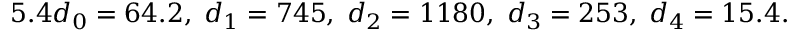
5 . 4 d _ { 0 } = 6 4 . 2 , \; d _ { 1 } = 7 4 5 , \; d _ { 2 } = 1 1 8 0 , \; d _ { 3 } = 2 5 3 , \; d _ { 4 } = 1 5 . 4 .